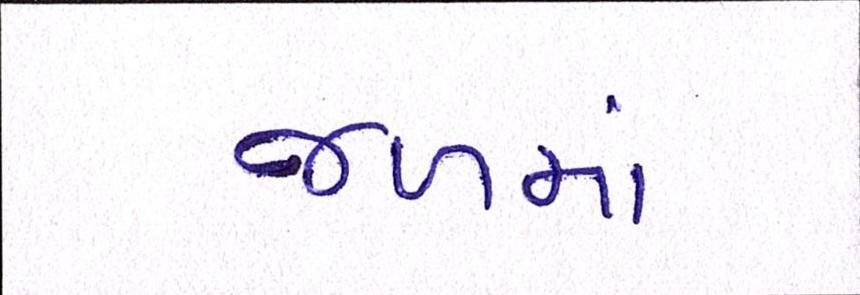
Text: જળમાં